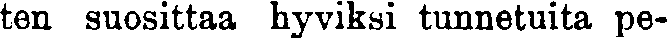
ten suosittaa hyviksi tunnetuita pe-